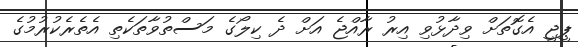
ޕީޖީ އެގޮތަށް ވިދާޅުވި އިރު ރާއްޖެ އަށް ދެ ކިލޯގެ މަސްތުވާތަކެތި އެތެރެކުރުމުގެ